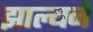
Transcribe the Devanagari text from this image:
झाल्यने